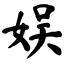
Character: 娱